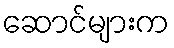
ဆောင်များက